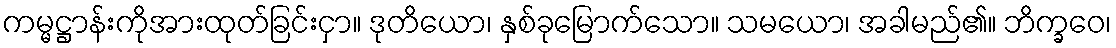
ကမ္မဋ္ဌာန်းကိုအားထုတ်ခြင်းငှာ။ ဒုတိယော၊ နှစ်ခုမြောက်သော။ သမယော၊ အခါမည်၏။ ဘိက္ခဝေ၊